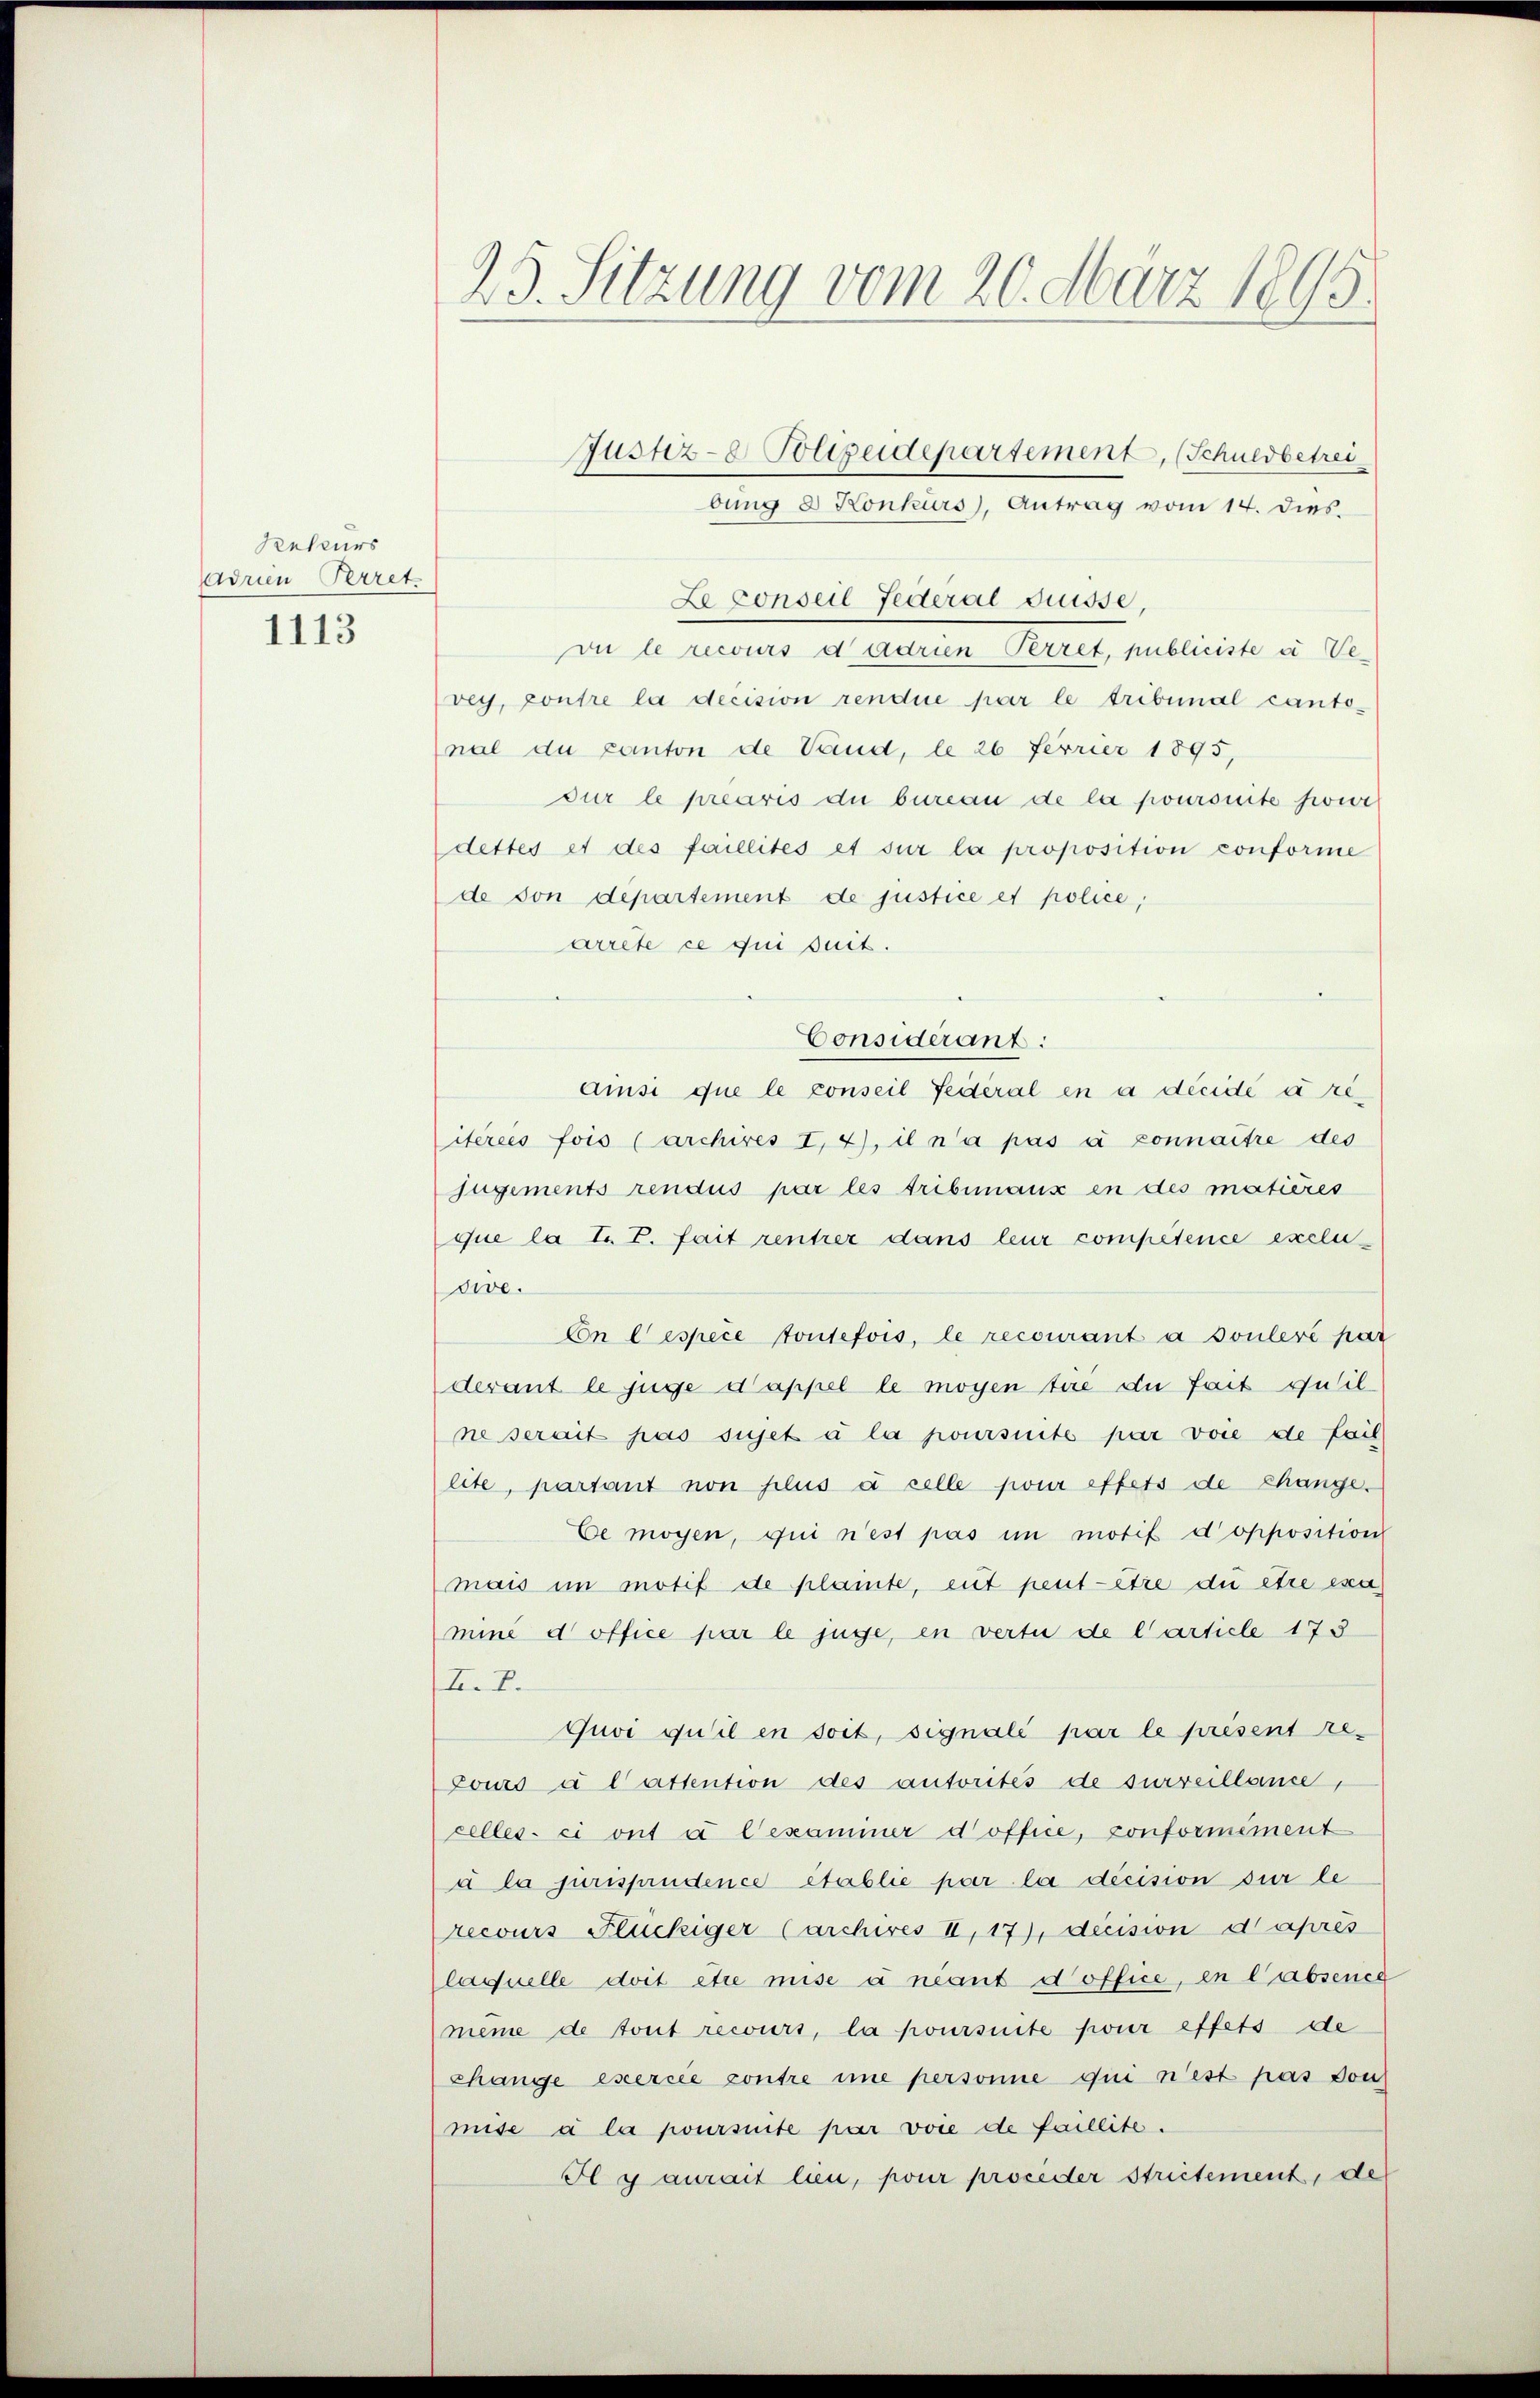
Reteurs
Adrien Perret
1113

25. Sitzung vom 20. März 1895.

bung 8 Konkurs, Antrag vom 14. dies.
Le conseil Federal Suisse,
vu le recours dadrien Perret, publiciste u Vevey, contre la decision rendue par le tribunal cantonal du canton de Vaud, le 26 Ferier 1895,
dur le prearis die bureau de la poursite heir
dettes et des faillités et sur la proposition conforme
de son departement de justice et police,
arrête ce qui suit.
Considérant:
Amisi que le conseil Federal en a décidé à reiteres fois (archires I 4), il n’a pas à connaître des
jugiments rendus par les tribunaux en des matières
que la T. T. fait rentrer dans leur compétence exclusive.
Cn Cespece toutefois, le recourant à soulevé par
derant le juge d’appel le moyen tire du fait quil
ne serait pas sujet à la poursuite par voie de fail
lite, partant non plus à celle pour effets de Change¬
Ce mögen, qui n’est pas in motif d’opposition
mais im motif de plainte, eut peut être du être exa
mine d office par le juge, en vertu de Carticle 173
I. E.
Juvi quil en soit, signali par le présent re¬
Cours à lattention des autorités de surveillance,
celles-ci ont à l’examiner d’office, conformement
à la jurisprudence établie par la décision sur le
recours Flückiger (archives II, 17), decision d’après
laquelle doit être mise à nant d’offne, en l'absence
même de tout recours, la poursuite pour effets de
Chänge exercée contre ime personne qui n’est pas von
mise à la poursuite par voie de faillite.
Il y aurait lieu, pour proceder Strictement, de

Justiz- & Polizeidepartement, (Schuldbetrei